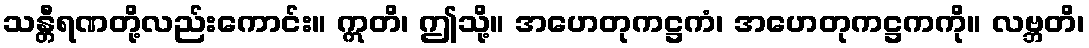
သန္တီရဏတို့လည်းကောင်း။ ဣတိ၊ ဤသို့။ အဟေတုကဋ္ဌကံ၊ အဟေတုကဋ္ဌကကို။ လဗ္ဘတိ၊